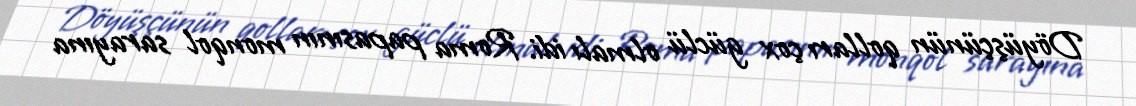
Döyüşçünün qolları çox güclü olmalı idi. Roma papasının monqol sarayına